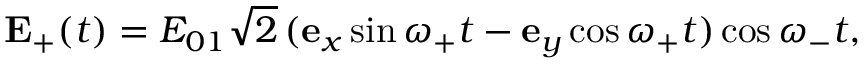
{ \bf E } _ { + } ( t ) = { E } _ { 0 1 } \sqrt { 2 } \, ( \mathbf { e } _ { x } \sin \omega _ { + } t - \mathbf { e } _ { y } \cos \omega _ { + } t ) \cos \omega _ { - } t ,